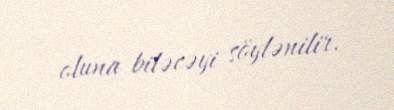
oluna biləcəyi söylənilir.